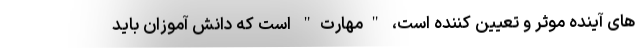
های آینده موثر و تعیین کننده است، "مهارت" است که دانش آموزان باید